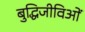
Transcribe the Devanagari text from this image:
बुद्धिजीविओं